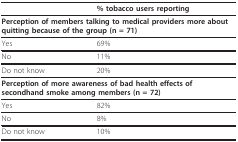
|  | % tobacco users reporting |
 | --- | --- |
 | <COLSPAN=2> Perception of members talking to medical providers more about quitting because of the group (n = 71) |
 | Yes | 69% |
 | No | 11% |
 | Do not know | 20% |
 | <COLSPAN=2> Perception of more awareness of bad health effects of secondhand smoke among members (n = 72) |
 | Yes | 82% |
 | No | 8% |
 | Do not know | 10% |